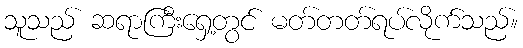
သူသည် ဆရာကြီးရှေ့တွင် မတ်တတ်ရပ်လိုက်သည်။